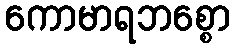
ကောမာရဘစ္စော